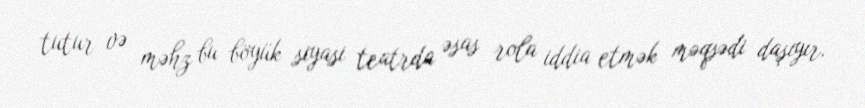
tutur və məhz bu böyük siyasi teatrda əsas rola iddia etmək məqsədi daşıyır.